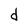
Character: d